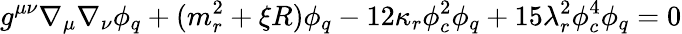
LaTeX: g^{\mu\nu}\nabla_{\mu}\nabla_{\nu}\phi_{q}+(m_{r}^{2}+\xi R)\phi_{q}-12\kappa_{r}\phi_{c}^{2}\phi_{q}+15\lambda_{r}^{2}\phi_{c}^{4}\phi_{q}=0